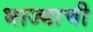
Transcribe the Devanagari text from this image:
भाज्याची